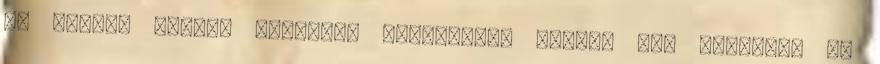
és persze mindig elmarad. -Kicsikém, mintha nem ismerném az